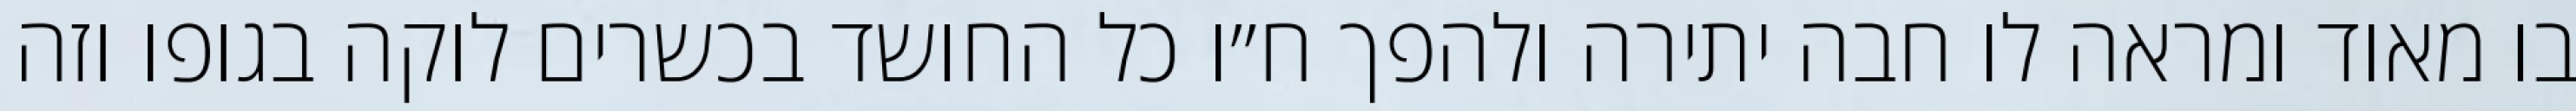
בו מאוד ומראה לו חבה יתירה ולהפך ח״ו כל החושד בכשרים לוקה בגופו וזה